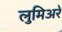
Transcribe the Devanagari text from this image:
लुमिअरे